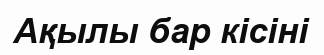
Ақылы бар кісіні